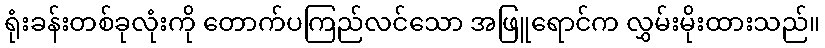
ရုံးခန်းတစ်ခုလုံးကို တောက်ပကြည်လင်သော အဖြူရောင်က လွှမ်းမိုးထားသည်။